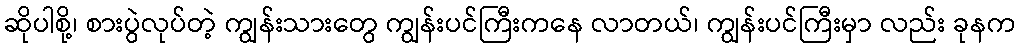
ဆိုပါစို့၊ စားပွဲလုပ်တဲ့ ကျွန်းသားတွေ ကျွန်းပင်ကြီးကနေ လာတယ်၊ ကျွန်းပင်ကြီးမှာ လည်း ခုနက